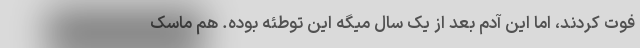
فوت کردند، اما این آدم بعد از یک سال میگه این توطئه بوده. هم ماسک